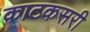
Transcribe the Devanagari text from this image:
काटकसरी